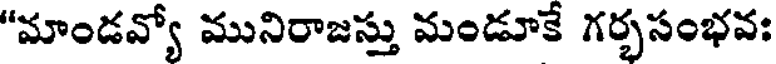
"మాండవ్యో మునిరాజస్తు మండూకే గర్భసంభవః